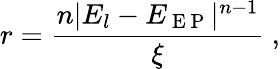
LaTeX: r=\frac{n|E_{l}-E_{\mathrm{~E~P~}}|^{n-1}}{\xi}\ ,